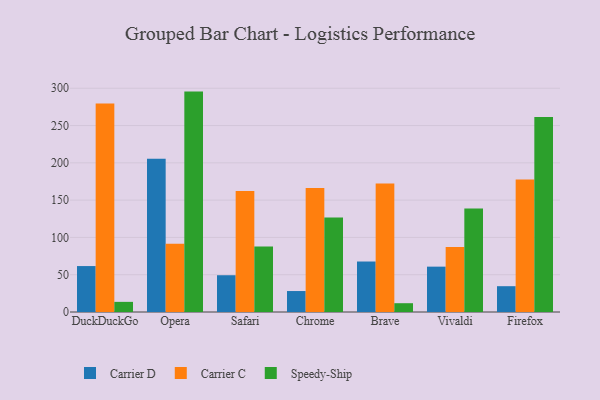
{"axis": {"x": "Browser", "y": "Bounce Rate (%)"}, "legend": ["Carrier C", "Carrier D", "Speedy-Ship"], "data": [{"x": "DuckDuckGo", "y": 61.6, "type": "Carrier D"}, {"x": "DuckDuckGo", "y": 279.6, "type": "Carrier C"}, {"x": "DuckDuckGo", "y": 13.6, "type": "Speedy-Ship"}, {"x": "Opera", "y": 205.4, "type": "Carrier D"}, {"x": "Opera", "y": 91.6, "type": "Carrier C"}, {"x": "Opera", "y": 295.5, "type": "Speedy-Ship"}, {"x": "Safari", "y": 49.3, "type": "Carrier D"}, {"x": "Safari", "y": 162.2, "type": "Carrier C"}, {"x": "Safari", "y": 87.9, "type": "Speedy-Ship"}, {"x": "Chrome", "y": 28.1, "type": "Carrier D"}, {"x": "Chrome", "y": 166.1, "type": "Carrier C"}, {"x": "Chrome", "y": 126.8, "type": "Speedy-Ship"}, {"x": "Brave", "y": 67.7, "type": "Carrier D"}, {"x": "Brave", "y": 172.2, "type": "Carrier C"}, {"x": "Brave", "y": 11.8, "type": "Speedy-Ship"}, {"x": "Vivaldi", "y": 60.8, "type": "Carrier D"}, {"x": "Vivaldi", "y": 87.3, "type": "Carrier C"}, {"x": "Vivaldi", "y": 138.6, "type": "Speedy-Ship"}, {"x": "Firefox", "y": 34.6, "type": "Carrier D"}, {"x": "Firefox", "y": 177.8, "type": "Carrier C"}, {"x": "Firefox", "y": 261.6, "type": "Speedy-Ship"}]}